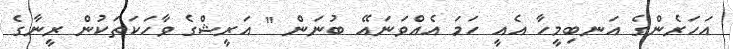
އަހަރެންގެ އަނބިމީހާ އެއީ ހަމަ އެއްވަނައޭ ބުނަން " އަރީޝްގެ ވާހަކަތަކުން ރީނާގެ